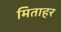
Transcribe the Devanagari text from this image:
मिताहर